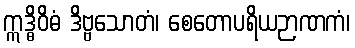
ဣဒ္ဓိဝိဓံ ဒိဗ္ဗသောတံ၊ စေတောပရိယဉာဏကံ၊